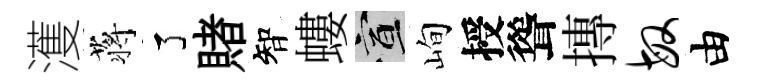
濩蒋了賭智螻宣峋授聳摶敏由